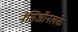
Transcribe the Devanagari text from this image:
नेसिऑनलके